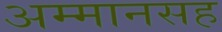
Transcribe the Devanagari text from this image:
अम्मानसह